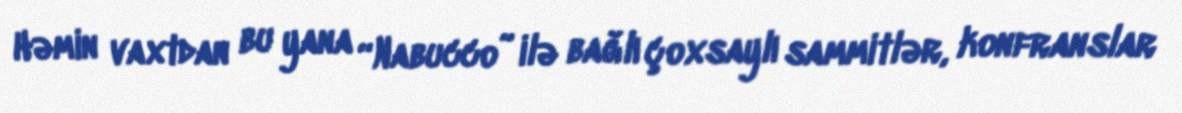
Həmin vaxtdan bu yana “Nabucco” ilə bağlı çoxsaylı sammitlər, konfranslar